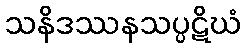
သနိဒဿနသပ္ပဋိဃံ